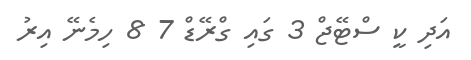
އަދި ކީ ސްޓޭޖް 3 ގައި ގްރޭޑް 7 8 ހިމެނޭ އިރު